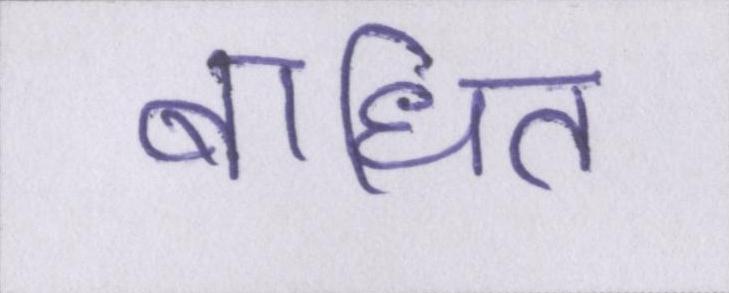
बाधित